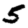
Digit: 5